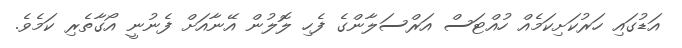
އަޑުގައި ހަރުކަށިކަމެއް ހުއްޓަސް އަރްސަލާންގެ ފެހި ލޮލުން އޭނާއަށް ފެނުނީ އޯގާތެރި ކަމެވެ.